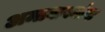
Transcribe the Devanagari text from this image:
अमावास्यांना